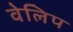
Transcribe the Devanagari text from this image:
वेलिप